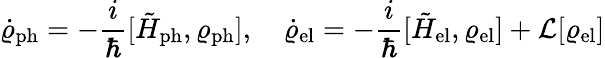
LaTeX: \dot{\varrho}_{\mathrm{ph}}=-\frac{i}{\hbar}[\tilde{H}_{\mathrm{ph}},\varrho_{\mathrm{ph}}],\quad\dot{\varrho}_{\mathrm{el}}=-\frac{i}{\hbar}[\tilde{H}_{\mathrm{el}},\varrho_{\mathrm{el}}]+\mathcal{L}[\varrho_{\mathrm{el}}]